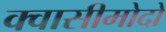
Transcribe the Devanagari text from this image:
क्वासीमोदो